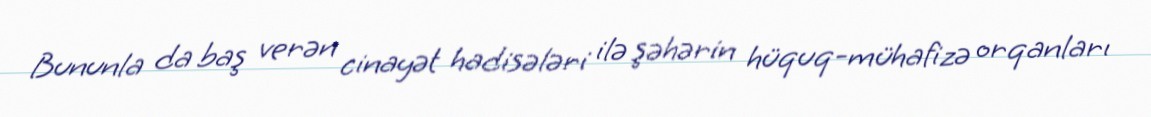
Bununla da baş verən cinayət hadisələri ilə şəhərin hüquq-mühafizə orqanları